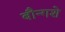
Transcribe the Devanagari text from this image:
बौन्गशे